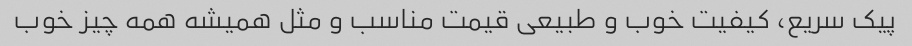
پیک سریع، کیفیت خوب و طبیعی قیمت مناسب و مثل همیشه همه چیز خوب